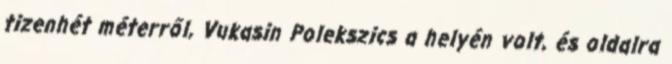
tizenhét méterről, Vukasin Polekszics a helyén volt, és oldalra